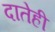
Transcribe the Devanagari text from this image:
दातेही